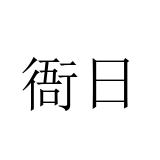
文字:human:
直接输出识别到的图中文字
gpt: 衙日